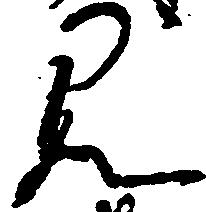
み